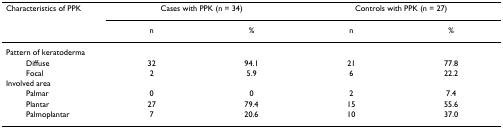
| Characteristics of PPK | <COLSPAN=2> Cases with PPK (n = 34) | <COLSPAN=2> Controls with PPK (n = 27) |
 |  | n | % | n | % |
 | --- | --- | --- | --- | --- |
 | Pattern of keratoderma |  |  |  |  |
 | Diffuse | 32 | 94.1 | 21 | 77.8 |
 | Focal | 2 | 5.9 | 6 | 22.2 |
 | Involved area |  |  |  |  |
 | Palmar | 0 | 0 | 2 | 7.4 |
 | Plantar | 27 | 79.4 | 15 | 55.6 |
 | Palmoplantar | 7 | 20.6 | 10 | 37.0 |